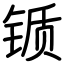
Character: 锧